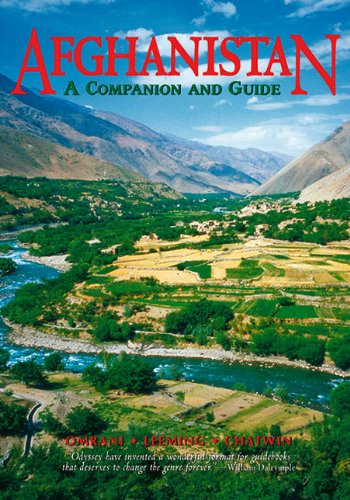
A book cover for Afghanistan: A Companion and Guide (Second Edition)  (Odyssey Illustrated Guides); Bijan Omrani; Travel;